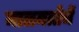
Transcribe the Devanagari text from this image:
मालमत्तेचें